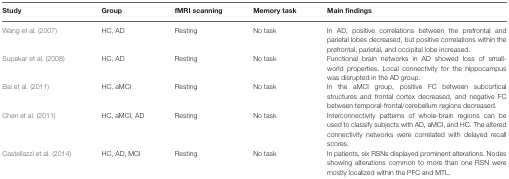
<table><thead><tr><td><b>Study</b></td><td><b>Group</b></td><td><b>fMRI scanning</b></td><td><b>Memory task</b></td><td><b>Main findings</b></td></tr></thead><tbody><tr><td>Wang et al. (2007)</td><td>HC, AD</td><td>Resting</td><td>No task</td><td>In AD, positive correlations between the prefrontal and parietal lobes decreased, but positive correlations within the prefrontal, parietal, and occipital lobe increased.</td></tr><tr><td>Supekar et al. (2008)</td><td>HC, AD</td><td>Resting</td><td>No task</td><td>Functional brain networks in AD showed loss of small-world properties. Local connectivity for the hippocampus was disrupted in the AD group.</td></tr><tr><td>Bai et al. (2011)</td><td>HC, aMCI</td><td>Resting</td><td>No task</td><td>In the aMCI group, positive FC between subcortical structures and frontal cortex decreased, and negative FC between temporal-frontal/cerebellum regions decreased.</td></tr><tr><td>Chen et al. (2011)</td><td>HC, aMCI, AD</td><td>Resting</td><td>No task</td><td>Interconnectivity patterns of whole-brain regions can be used to classify subjects with AD, aMCI, and HC. The altered connectivity networks were correlated with delayed recall scores.</td></tr><tr><td>Castellazzi et al. (2014)</td><td>HC, AD, MCI</td><td>Resting</td><td>No task</td><td>In patients, six RSNs displayed prominent alterations. Nodes showing alterations common to more than one RSN were mostly localized within the PFC and MTL.</td></tr></tbody></table>